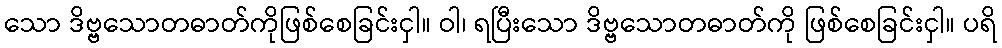
သော ဒိဗ္ဗသောတဓာတ်ကိုဖြစ်စေခြင်းငှါ။ ဝါ၊ ရပြီးသော ဒိဗ္ဗသောတဓာတ်ကို ဖြစ်စေခြင်းငှါ။ ပရိ